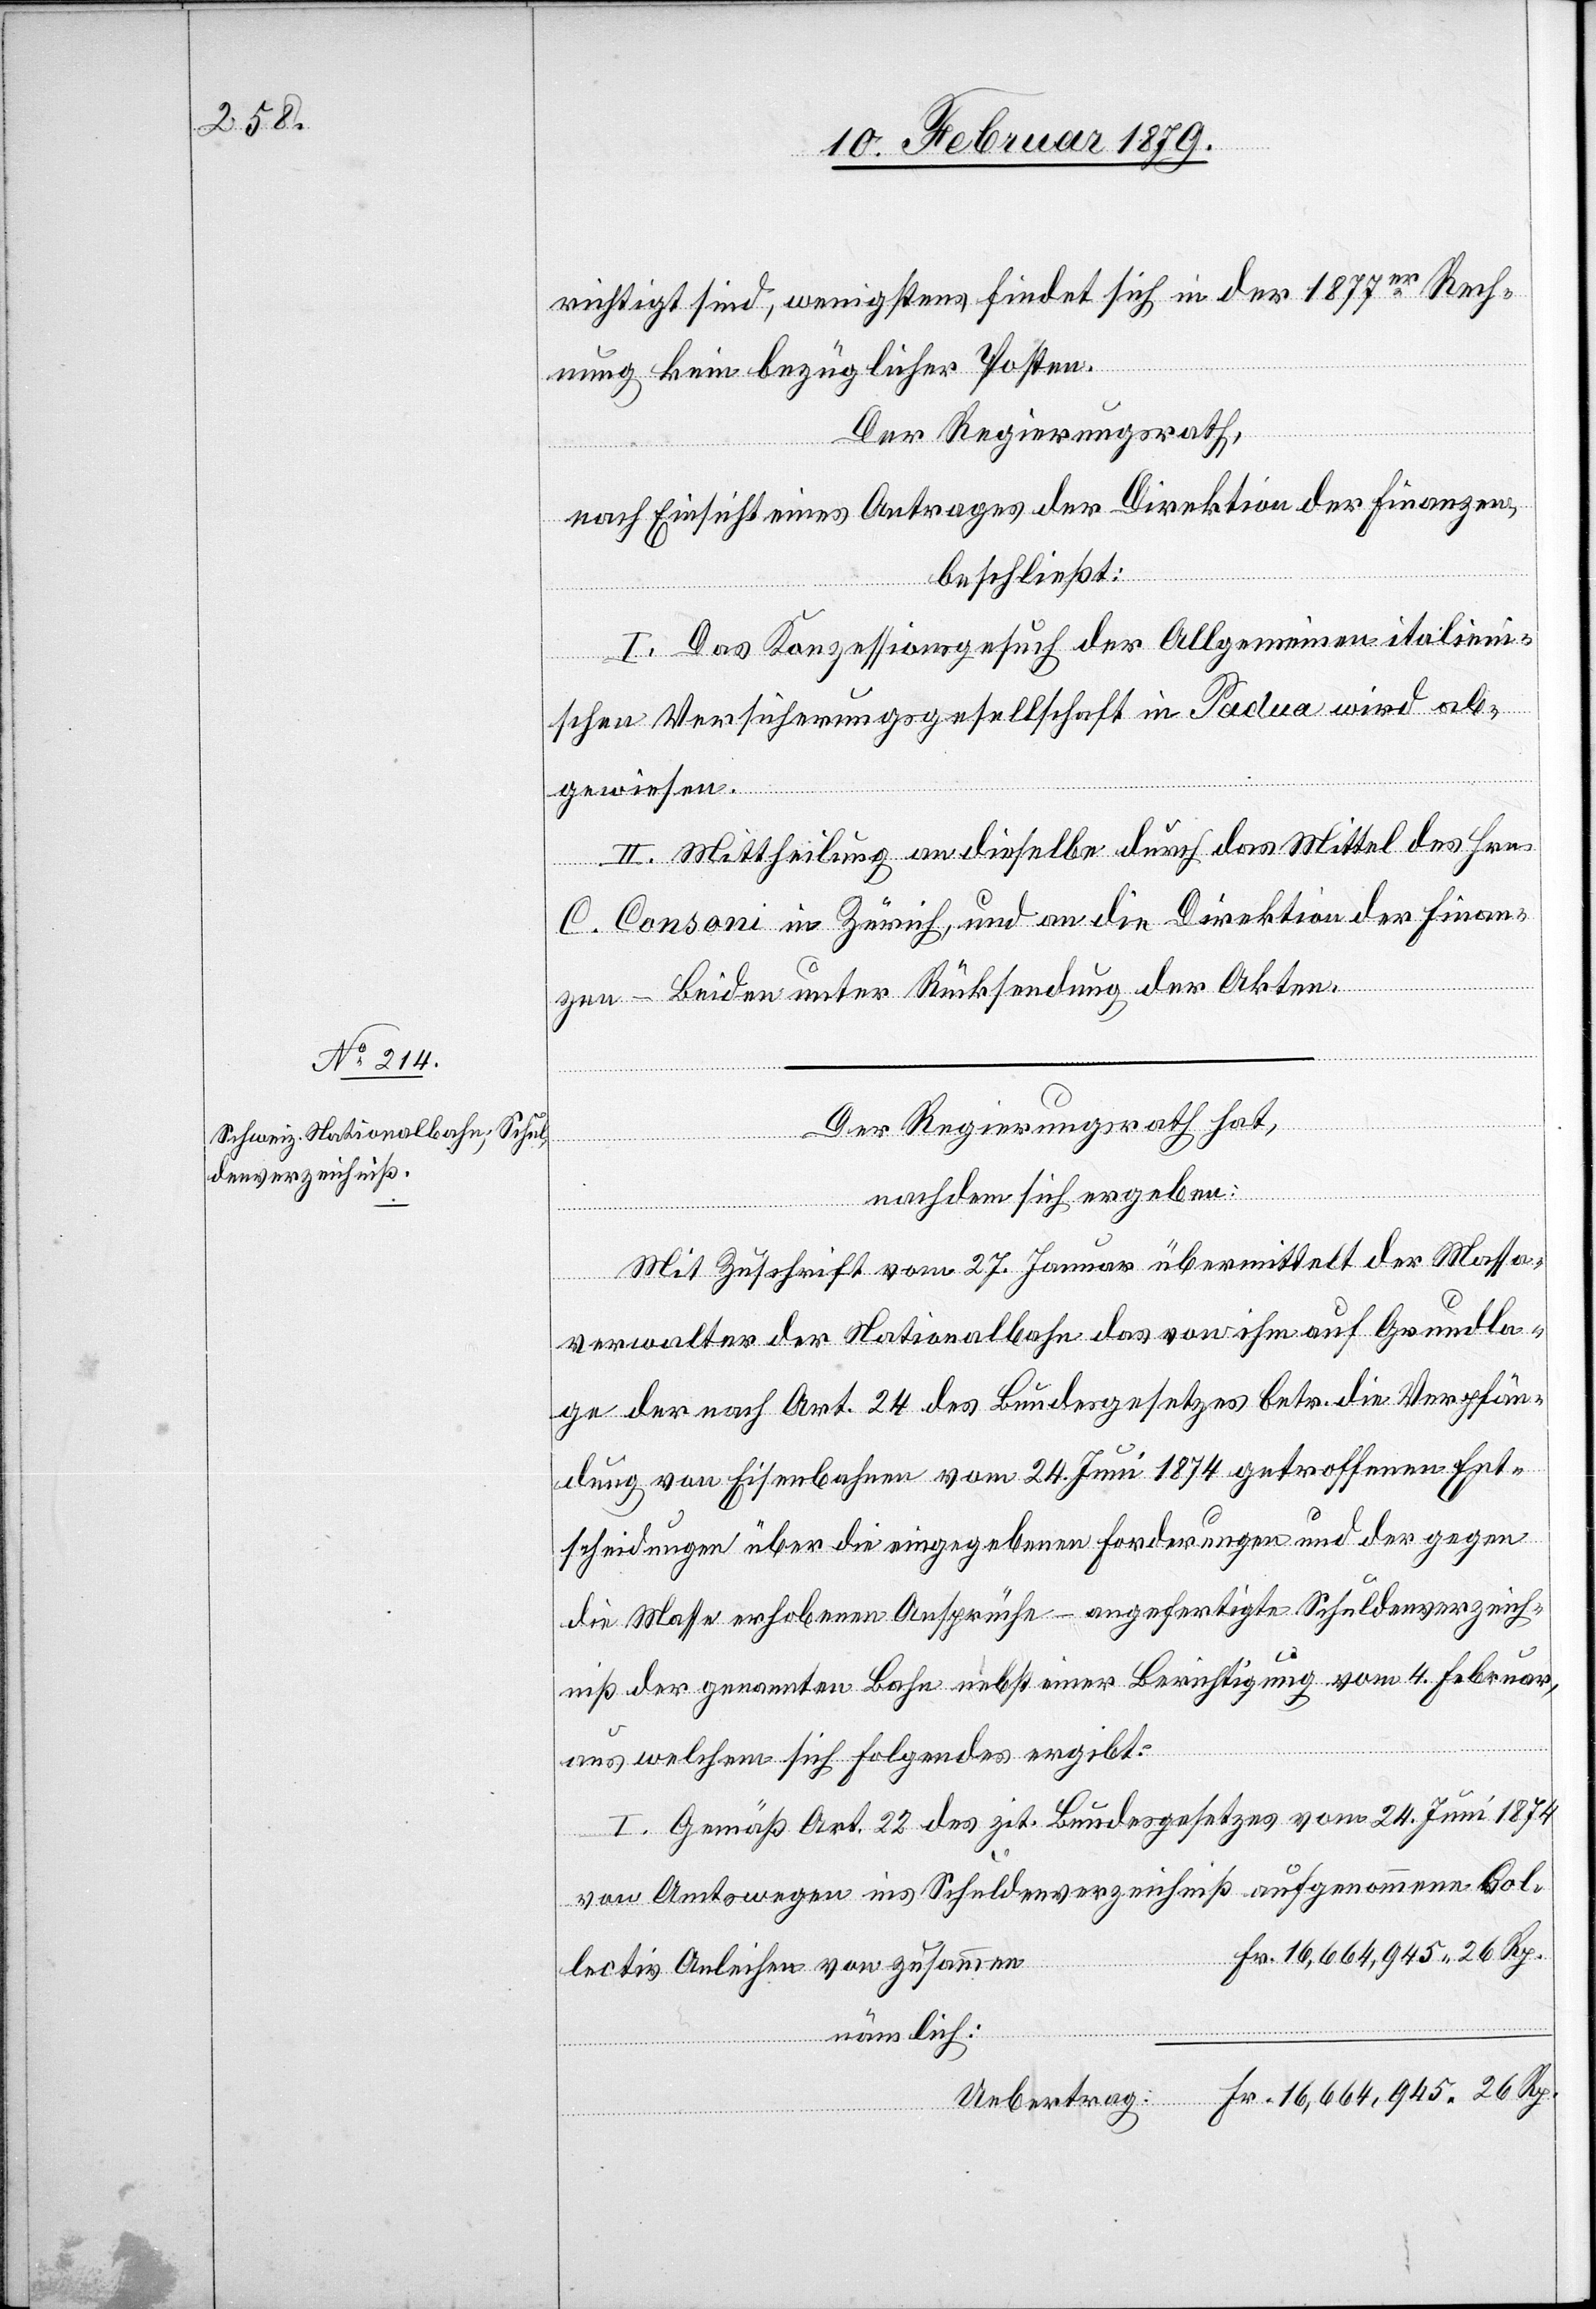
richtigt sind, wenigstens findet sich in der 1877er Rech¬
nung kein bezüglicher Posten.
Der Regierungsrath,
nach Einsicht eines Antrages der Direktion der Finanzen,
beschließt:
I. Das Konzessionsgesuch der Allgemeinen italieni¬
schen Versicherungsgesellschaft in Padua wird ab¬
gewiesen.
II. Mittheilung an dieselbe durch das Mittel des Hrn.
C. Consoni in Zürich, und an die Direktion der Finan¬
zen – Beiden unter Rücksendung der Akten.
Der Regierungsrath hat,
nachdem sich ergeben:
Mit Zuschrift vom 27. Januar übermittelt der Massa¬
verwalter der Nationalbahn das von ihm auf Grundla¬
ge der nach Art. 24 des Bundesgesetzes betr. die Verpfän¬
dung von Eisenbahnen vom 24. Juni 1874 getroffenen Ent¬
scheidungen über die eingegebenen Forderungen und der gegen
die Masse erhobenen Ansprüche – angefertigte Schuldenverzeich¬
niß der genannten Bahn nebst einer Berichtigung vom 4. Februar,
aus welchem sich Folgendes ergibt:
I. Gemäß Art. 22 des zit. Bundesgesetzes vom 24. Juni 1874
von Amtswegen ins Schuldenverzeichniß aufgenommene Col¬
lectiv Anleihen von zusammen
nämlich: